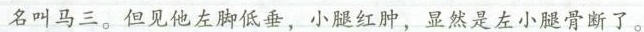
名叫马三。但见他左脚低垂，小腿红肿，显然是左小腿骨断了。